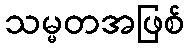
သမ္မတအဖြစ်